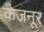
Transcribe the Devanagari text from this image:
कंजनूर